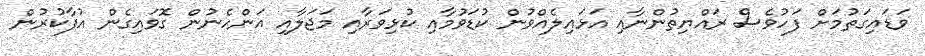
ވަޑައިގަތުމަށް ފަހުވެސް ރައްޔިތުންނާއި އަޅައިލެއްވުން ކުޑަވުމާއި ކުޅިވަރާއި މަޖަލާއި އަންހެނުން ގޮވައިގެން އުފާކުރުން